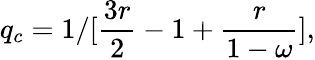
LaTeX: q_{c}=1/[\frac{3r}{2}-1+\frac{r}{1-\omega}],